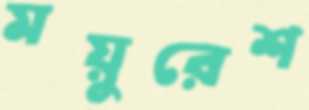
ময়ুরেশ